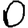
Digit: 0